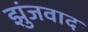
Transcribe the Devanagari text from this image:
झुंजवाद